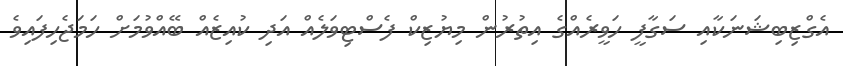
އެގްޒިބިޝަނަކާއި ސަގާފީ ހަވީރެއްގެ އިތުރުން މިޔުޒިކް ފެސްޓިވަލެއް އަދި ކުއިޒެއް ބޭއްވުމަށް ހަމަޖެހިފައިވެ